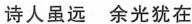
诗人虽远 余光犹在